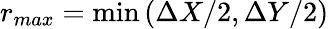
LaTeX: r_{max}=\operatorname*{min}\left(\Delta X/2,\Delta Y/2\right)